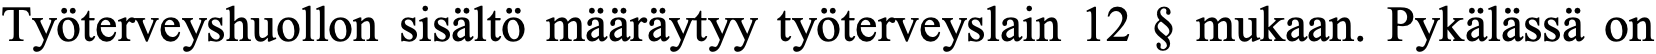
Työterveyshuollon sisältö määräytyy työterveyslain 12 § mukaan. Pykälässä on